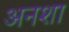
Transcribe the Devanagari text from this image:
अनशा